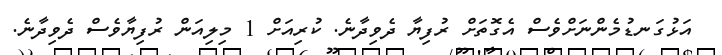
އަޅުގަނޑުމެންނަށްވެސް އެގޮތަށް ރުފިޔާ ދެވިދާނެ. ކުރިއަށް 1 މިލިއަން ރުފިޔާވެސް ދެވިދާނެ.